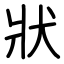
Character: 狀